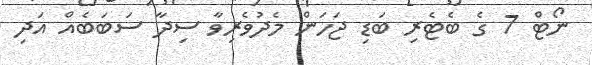
ނޯޓް 7 ގެ ބެޓެރި ބަޑި ޖަހަން މެދުވެރިވާ ސިދާ ސަބަބެއް އަދި